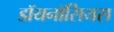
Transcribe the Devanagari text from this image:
डॉयनॉसियस